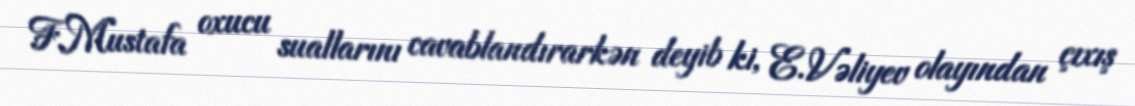
F.Mustafa oxucu suallarını cavablandırarkən deyib ki, E.Vəliyev olayından çıxış